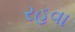
રહવા